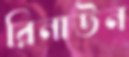
রিনাউন